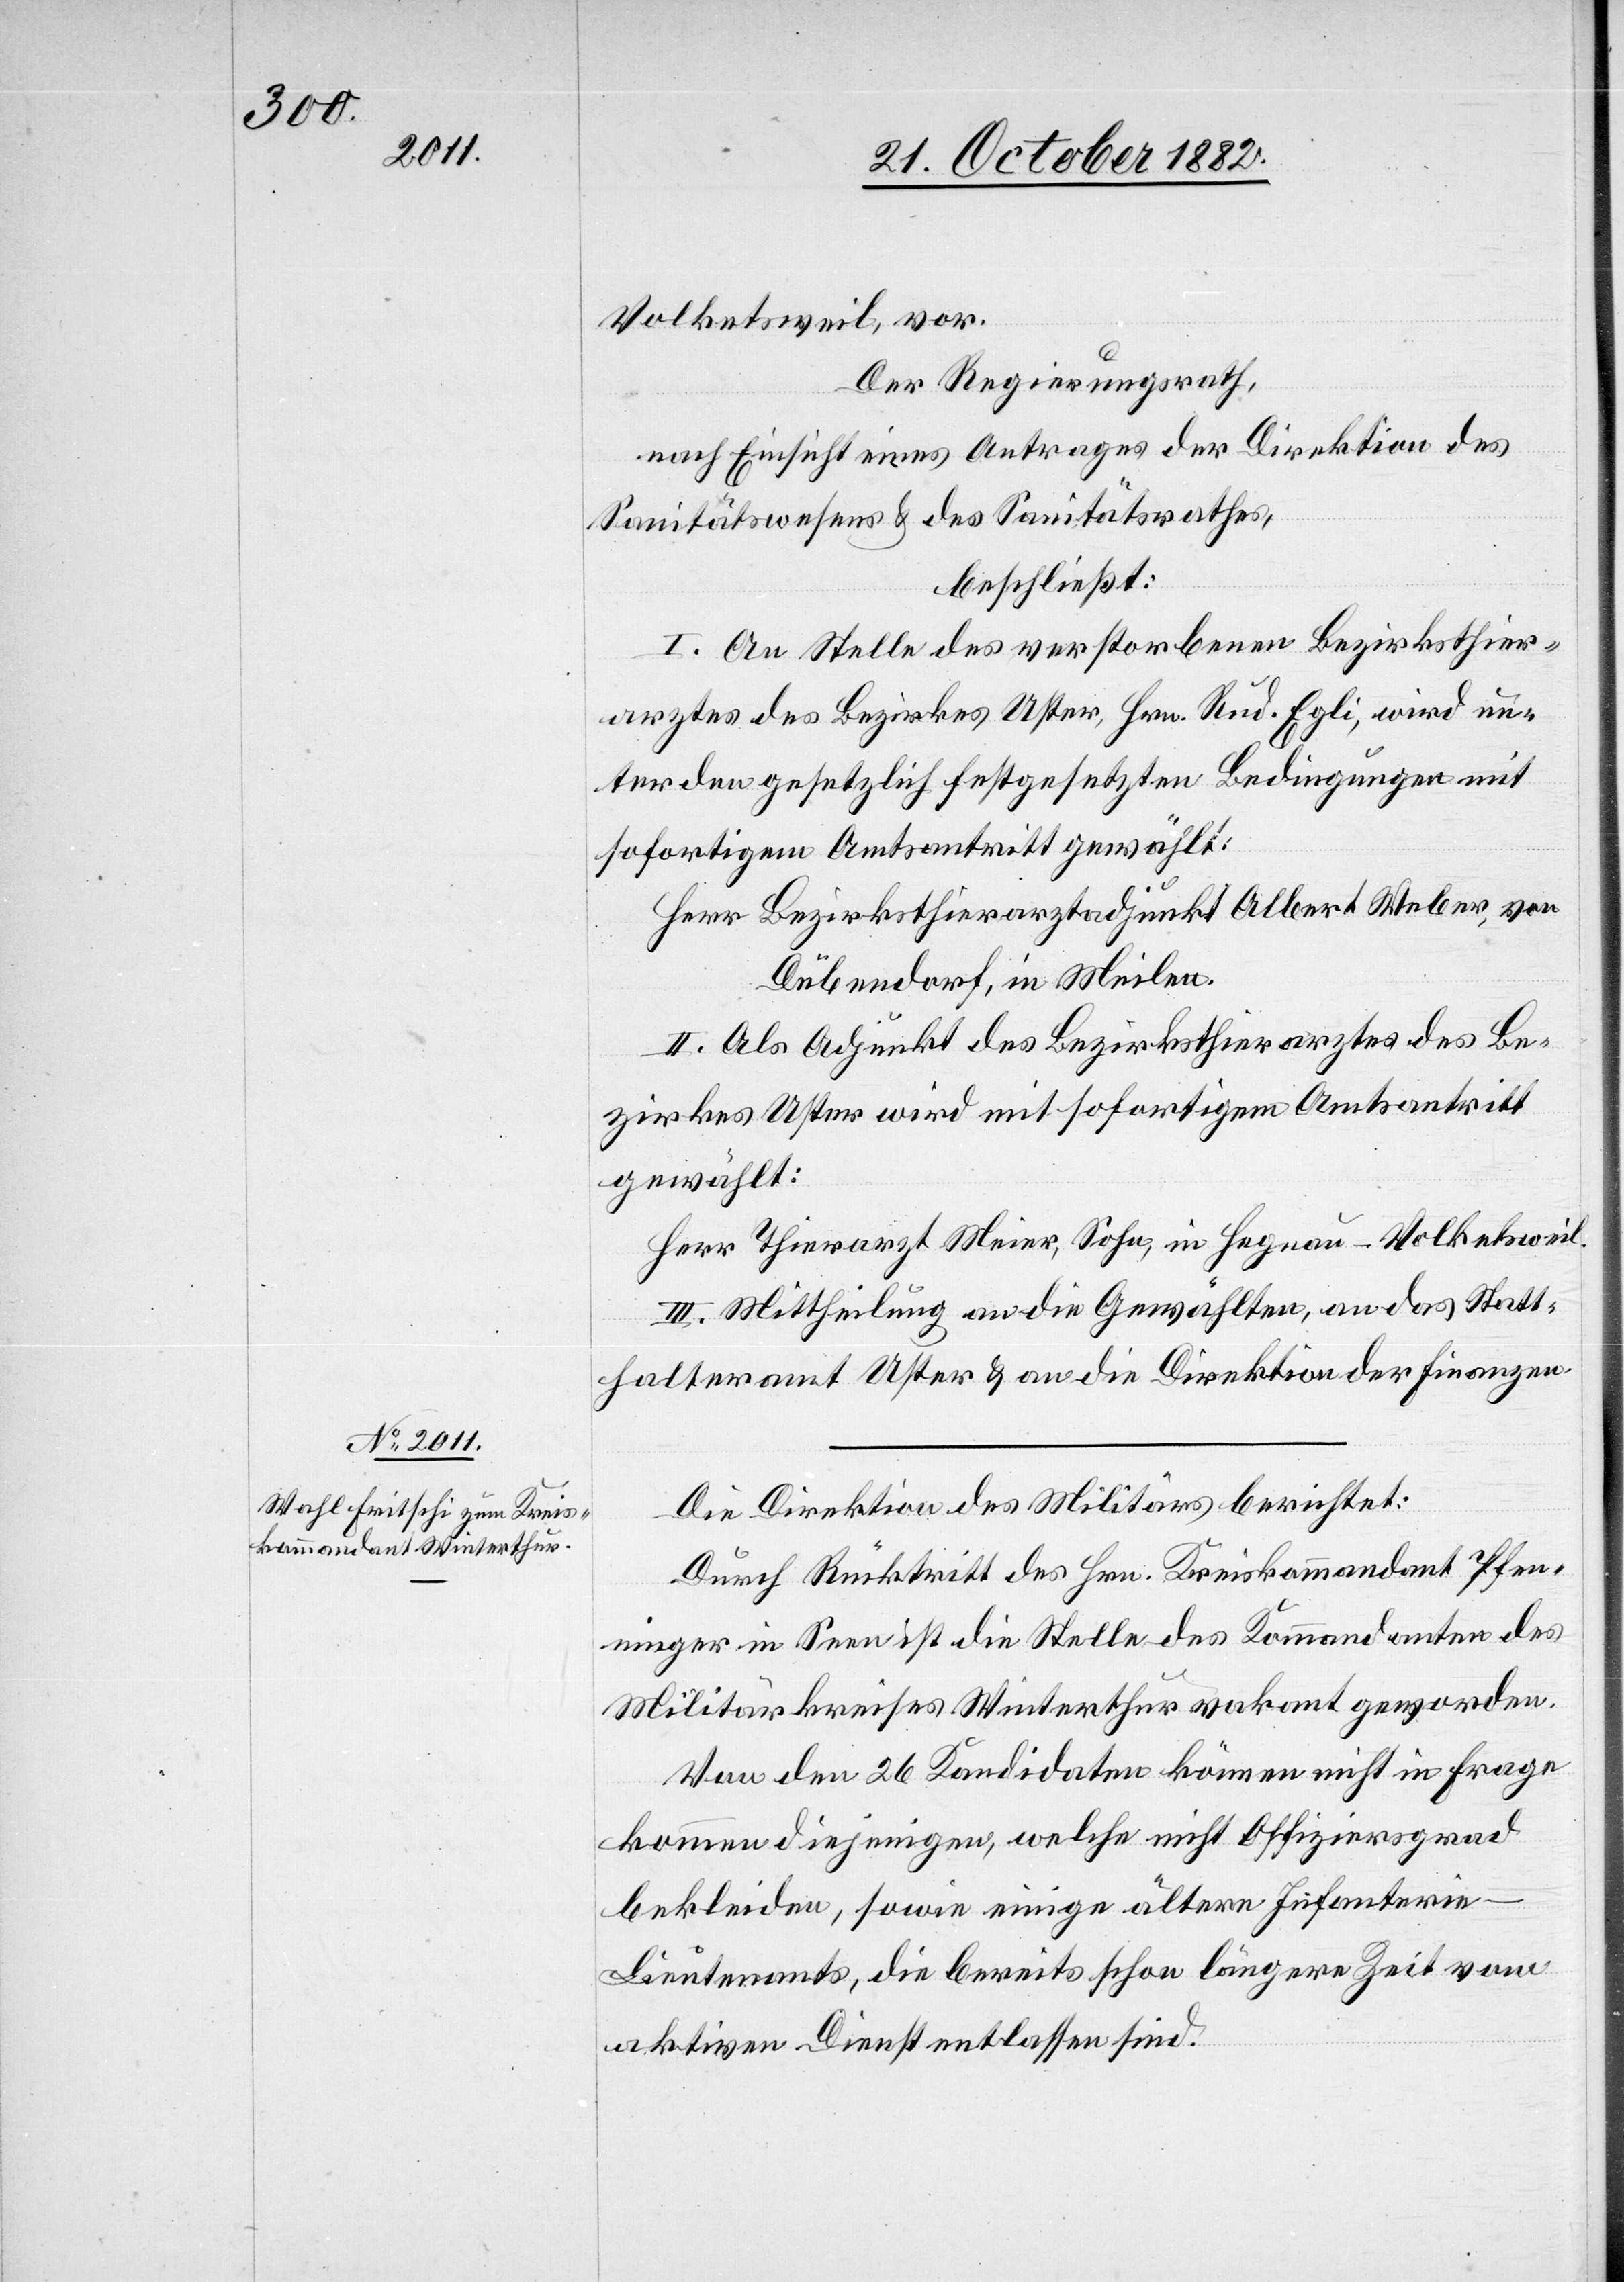
Volketsweil, vor.
Der Regierungsrath,
nach Einsicht eines Antrages der Direktion des
Sanitätswesens & des Sanitätsrathes,
beschließt:
I. An Stelle des verstorbenen Bezirksthier¬
arztes des Bezirkes Uster, Hrn. Rud. Egli, wird un¬
ter den gesetzlich festgesetzten Bedingungen mit
sofortigem Amtsantritt gewählt:
Herr Bezirksthierarztadjunkt Albert Weber, von
Dübendorf, in Meilen.
II. Als Adjunkt des Bezirksthierarztes des Be¬
zirkes Uster wird mit sofortigem Amtsantritt
gewählt:
Herr Thierarzt Meier, Sohn, in Hegnau - Volketsweil.
III. Mittheilung an die Gewählten, an das Statt¬
halteramt Uster & an die Direktion der Finanzen.
Die Direktion des Militärs berichtet.
Durch Rücktritt des Hrn. Kreiskommandant Pfen¬
ninger in Seen ist die Stelle des Kommandanten des
Militärkreises Winterthur vakant geworden.
Von den 26 Kandidaten können nicht in Frage
kommen diejenigen, welche nicht Offiziersgrad
bekleiden, sowie einige ältere Infanteri¬
e-Lieutenants, die bereits schon längere Zeit vom
aktiven Dienst entlassen sind.